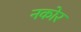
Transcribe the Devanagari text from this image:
नकोर